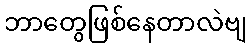
ဘာတွေဖြစ်နေတာလဲဗျ